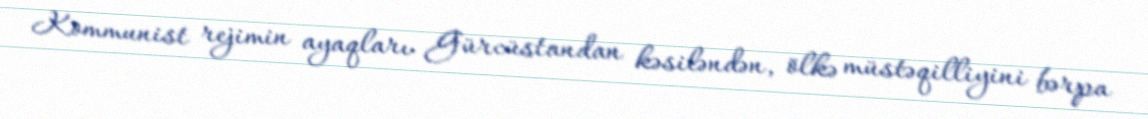
Kommunist rejimin ayaqları Gürcüstandan kəsiləndən, ölkə müstəqilliyini bərpa